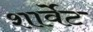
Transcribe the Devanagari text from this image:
शार्वेट